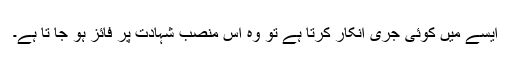
ایسے میں کوئی جری انکار کرتا ہے تو وہ اس منصب شہادت پر فائز ہو جا تا ہے۔